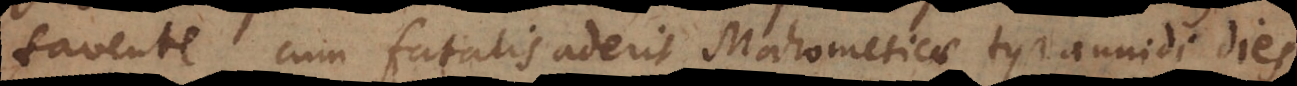
favente, cum fatalis aderit Mahometicae tyrannidi dies.